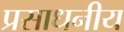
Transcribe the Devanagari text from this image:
प्रसाधनीय